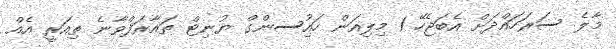
މާލެ ސަރަހައްދަށް އެބަޖެހޭ 1 މިލިއަން ހައުިސންގް ޔުނިޓް ތައާރަފްވާނެ ތިއަރީ އެއް